Document type: Emphyteutic lease
Year: 1473
Scribe: [Unknown]
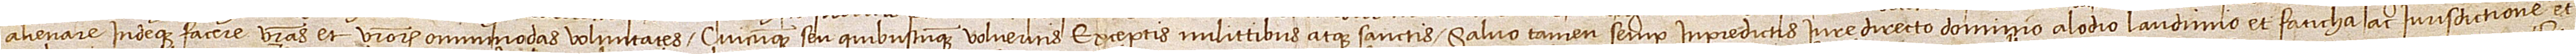
alienare indeque facere vestras et vestrorum omnimodas voluntates cuicumque seu quibuscumque volueritis, exceptis milittibus atque sanctis; salvo tamen semper in predictis iure directo, dominio, alodio, laudimio et faticha ac iurisdictione et